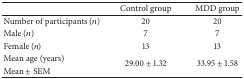
|  | Control group | MDD group |
 | --- | --- | --- |
 | Number of participants (n) | 20 | 20 |
 | Male (n) | 7 | 7 |
 | Female (n) | 13 | 13 |
 | Mean age (years) | <ROWSPAN=2> 29.00 ± 1.32 | <ROWSPAN=2> 33.95 ± 1.58 |
 | Mean ± SEM |